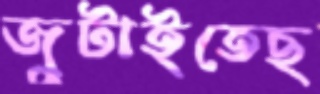
জুটাইতেছ